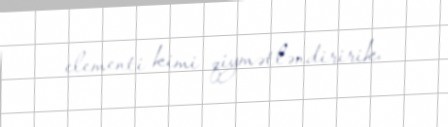
elementi kimi qiymətləndiririk.